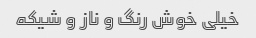
خیلی خوش رنگ و ناز و شیکه